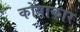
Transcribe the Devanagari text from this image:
कोषाकार